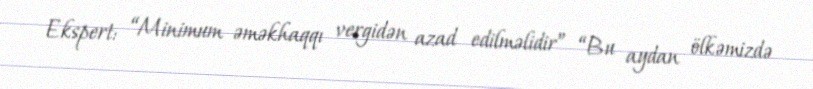
Ekspert: “Minimum əməkhaqqı vergidən azad edilməlidir” “Bu aydan ölkəmizdə